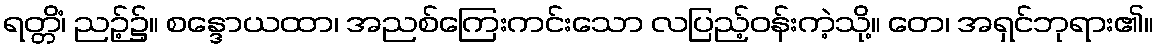
ရတ္တိံ၊ ညဉ့်၌။ စန္ဒောယထာ၊ အညစ်ကြေးကင်းသော လပြည့်ဝန်းကဲ့သို့။ တေ၊ အရှင်ဘုရား၏။